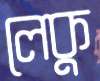
লেকু